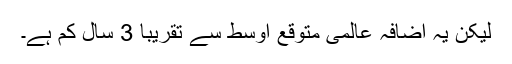
لیکن یہ اضافہ عالمی متوقع اوسط سے تقریباً 3 سال کم ہے۔